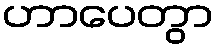
ဟာပေတွာ